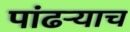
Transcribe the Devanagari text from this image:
पांढऱ्याच